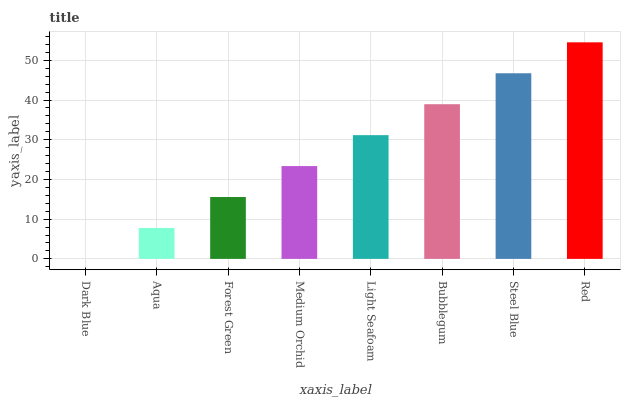
| xaxis_label | bars |
 | --- | --- |
 | Dark Blue | 0 |
 | Aqua | 7.79 |
 | Forest Green | 15.6 |
 | Medium Orchid | 23.4 |
 | Light Seafoam | 31.2 |
 | Bubblegum | 38.9 |
 | Steel Blue | 46.7 |
 | Red | 54.5 |